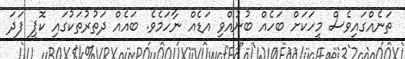
ތަނެއްގައިވެސް މީހަކަށް ބަހެއް ބުނުއްވި އަޑެއް ނާހަމެވެ. ބައެއް ދަތުރުތަކުގައި ކޮޕީ ފަދަ